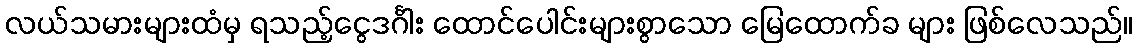
လယ်သမားများထံမှ ရသည့်ငွေဒင်္ဂါး ထောင်ပေါင်းများစွာသော မြေထောက်ခ များ ဖြစ်လေသည်။